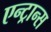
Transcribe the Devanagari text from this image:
एन्ट्रान्स